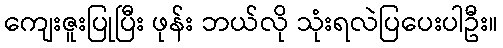
ကျေးဇူးပြုပြီး ဖုန်း ဘယ်လို သုံးရလဲပြပေးပါဦး။